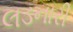
લડનારી